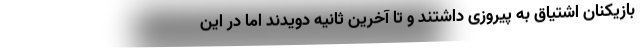
بازیکنان اشتیاق به پیروزی داشتند و تا آخرین ثانیه دویدند اما در این